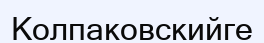
Колпаковскийге